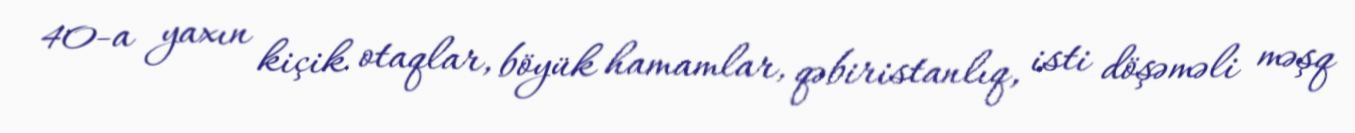
40-a yaxın kiçik otaqlar, böyük hamamlar, qəbiristanlıq, isti döşəməli məşq